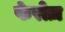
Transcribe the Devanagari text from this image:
फेरोज़